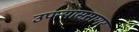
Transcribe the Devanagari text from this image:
उपन्याससागर